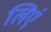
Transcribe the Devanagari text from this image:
लिएं